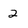
Character: 2